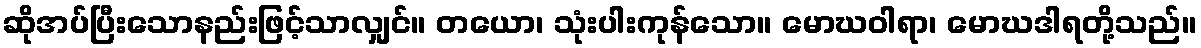
ဆိုအပ်ပြီးသောနည်းဖြင့်သာလျှင်။ တယော၊ သုံးပါးကုန်သော။ မောဃဝါရာ၊ မောဃဒါရတို့သည်။